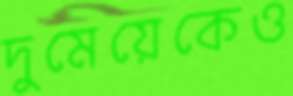
দুমেয়েকেও